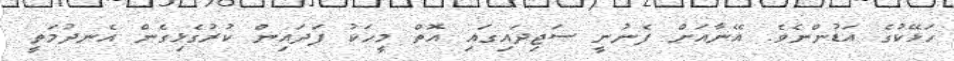
ހަޅޭކުގެ އަޑުންނެވެ. އޭނާއަށް ފެނުނީ ސަޖިދައިގައި އޮތް މީހަކު ފަދައިން ކުރުގެޅިގެން އެނދުމަތީ